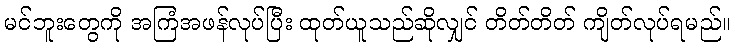
မင်ဘူးတွေကို အကြံအဖန်လုပ်ပြီး ထုတ်ယူသည်ဆိုလျှင် တိတ်တိတ် ကျိတ်လုပ်ရမည်။